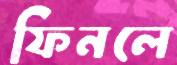
ফিনলে